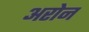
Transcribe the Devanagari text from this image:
अरोन